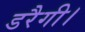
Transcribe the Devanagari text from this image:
डरैगी।